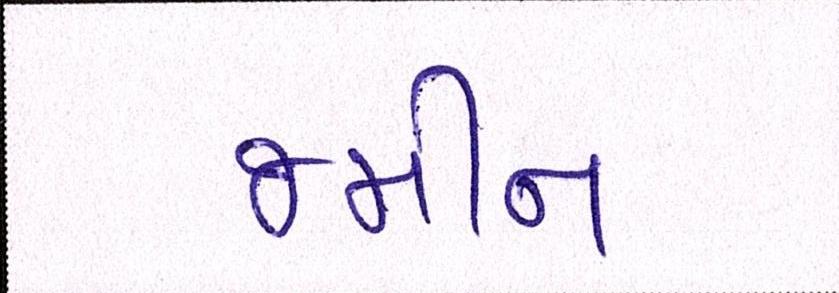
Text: જમીન